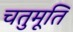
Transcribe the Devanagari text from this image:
चतुमूर्ति